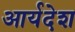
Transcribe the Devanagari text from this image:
आर्यदेश